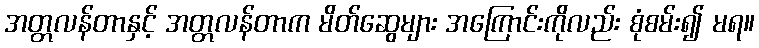
အတ္တလန်တာနှင့် အတ္တလန်တာက မိတ်ဆွေများ အကြောင်းကိုလည်း စုံစမ်း၍ မရ။